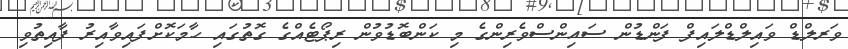
ވަރލްޑް ވައިލްޑްލައިފް ފަންޑުން ސައިންސްވެރިންގެ މި ކަންބޮޑުވުން ރިޕޯޓެއްގެ ގޮތުގައި ހާމަކޮށްފައިވާއިރު ފާއިތުވި